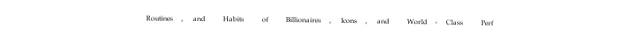
Routines, and Habits of Billionaires, Icons, and World-Class Perf